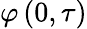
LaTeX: \varphi\left(0,\tau\right)